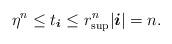
LaTeX: \begin{align*} \eta^n\leq t_{ \boldsymbol{i} } \leq r_{\sup}^n | \boldsymbol{i}|= n .\end{align*}